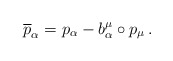
\begin{align*}\overline{p}_{\alpha}=p_{\alpha}-b^{\mu}_{\alpha}\circ p_{\mu}\,.\end{align*}